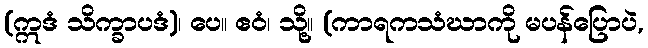
(ဣဒံ သိက္ခာပဒံ)၊ ပေ။ ဧဝံ၊ သို့။ (ကာရကသံဃာကို မပန်ပြောပဲ,